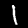
Label: 1